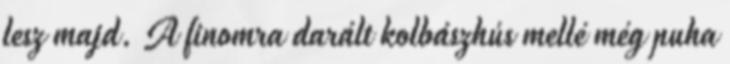
lesz majd. A finomra darált kolbászhús mellé még puha